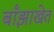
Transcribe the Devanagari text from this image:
बाँझाखेत